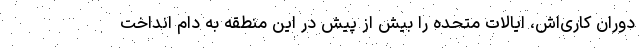
دوران کاری‌اش، ایالات متحده را بیش از پیش در این منطقه به دام انداخت